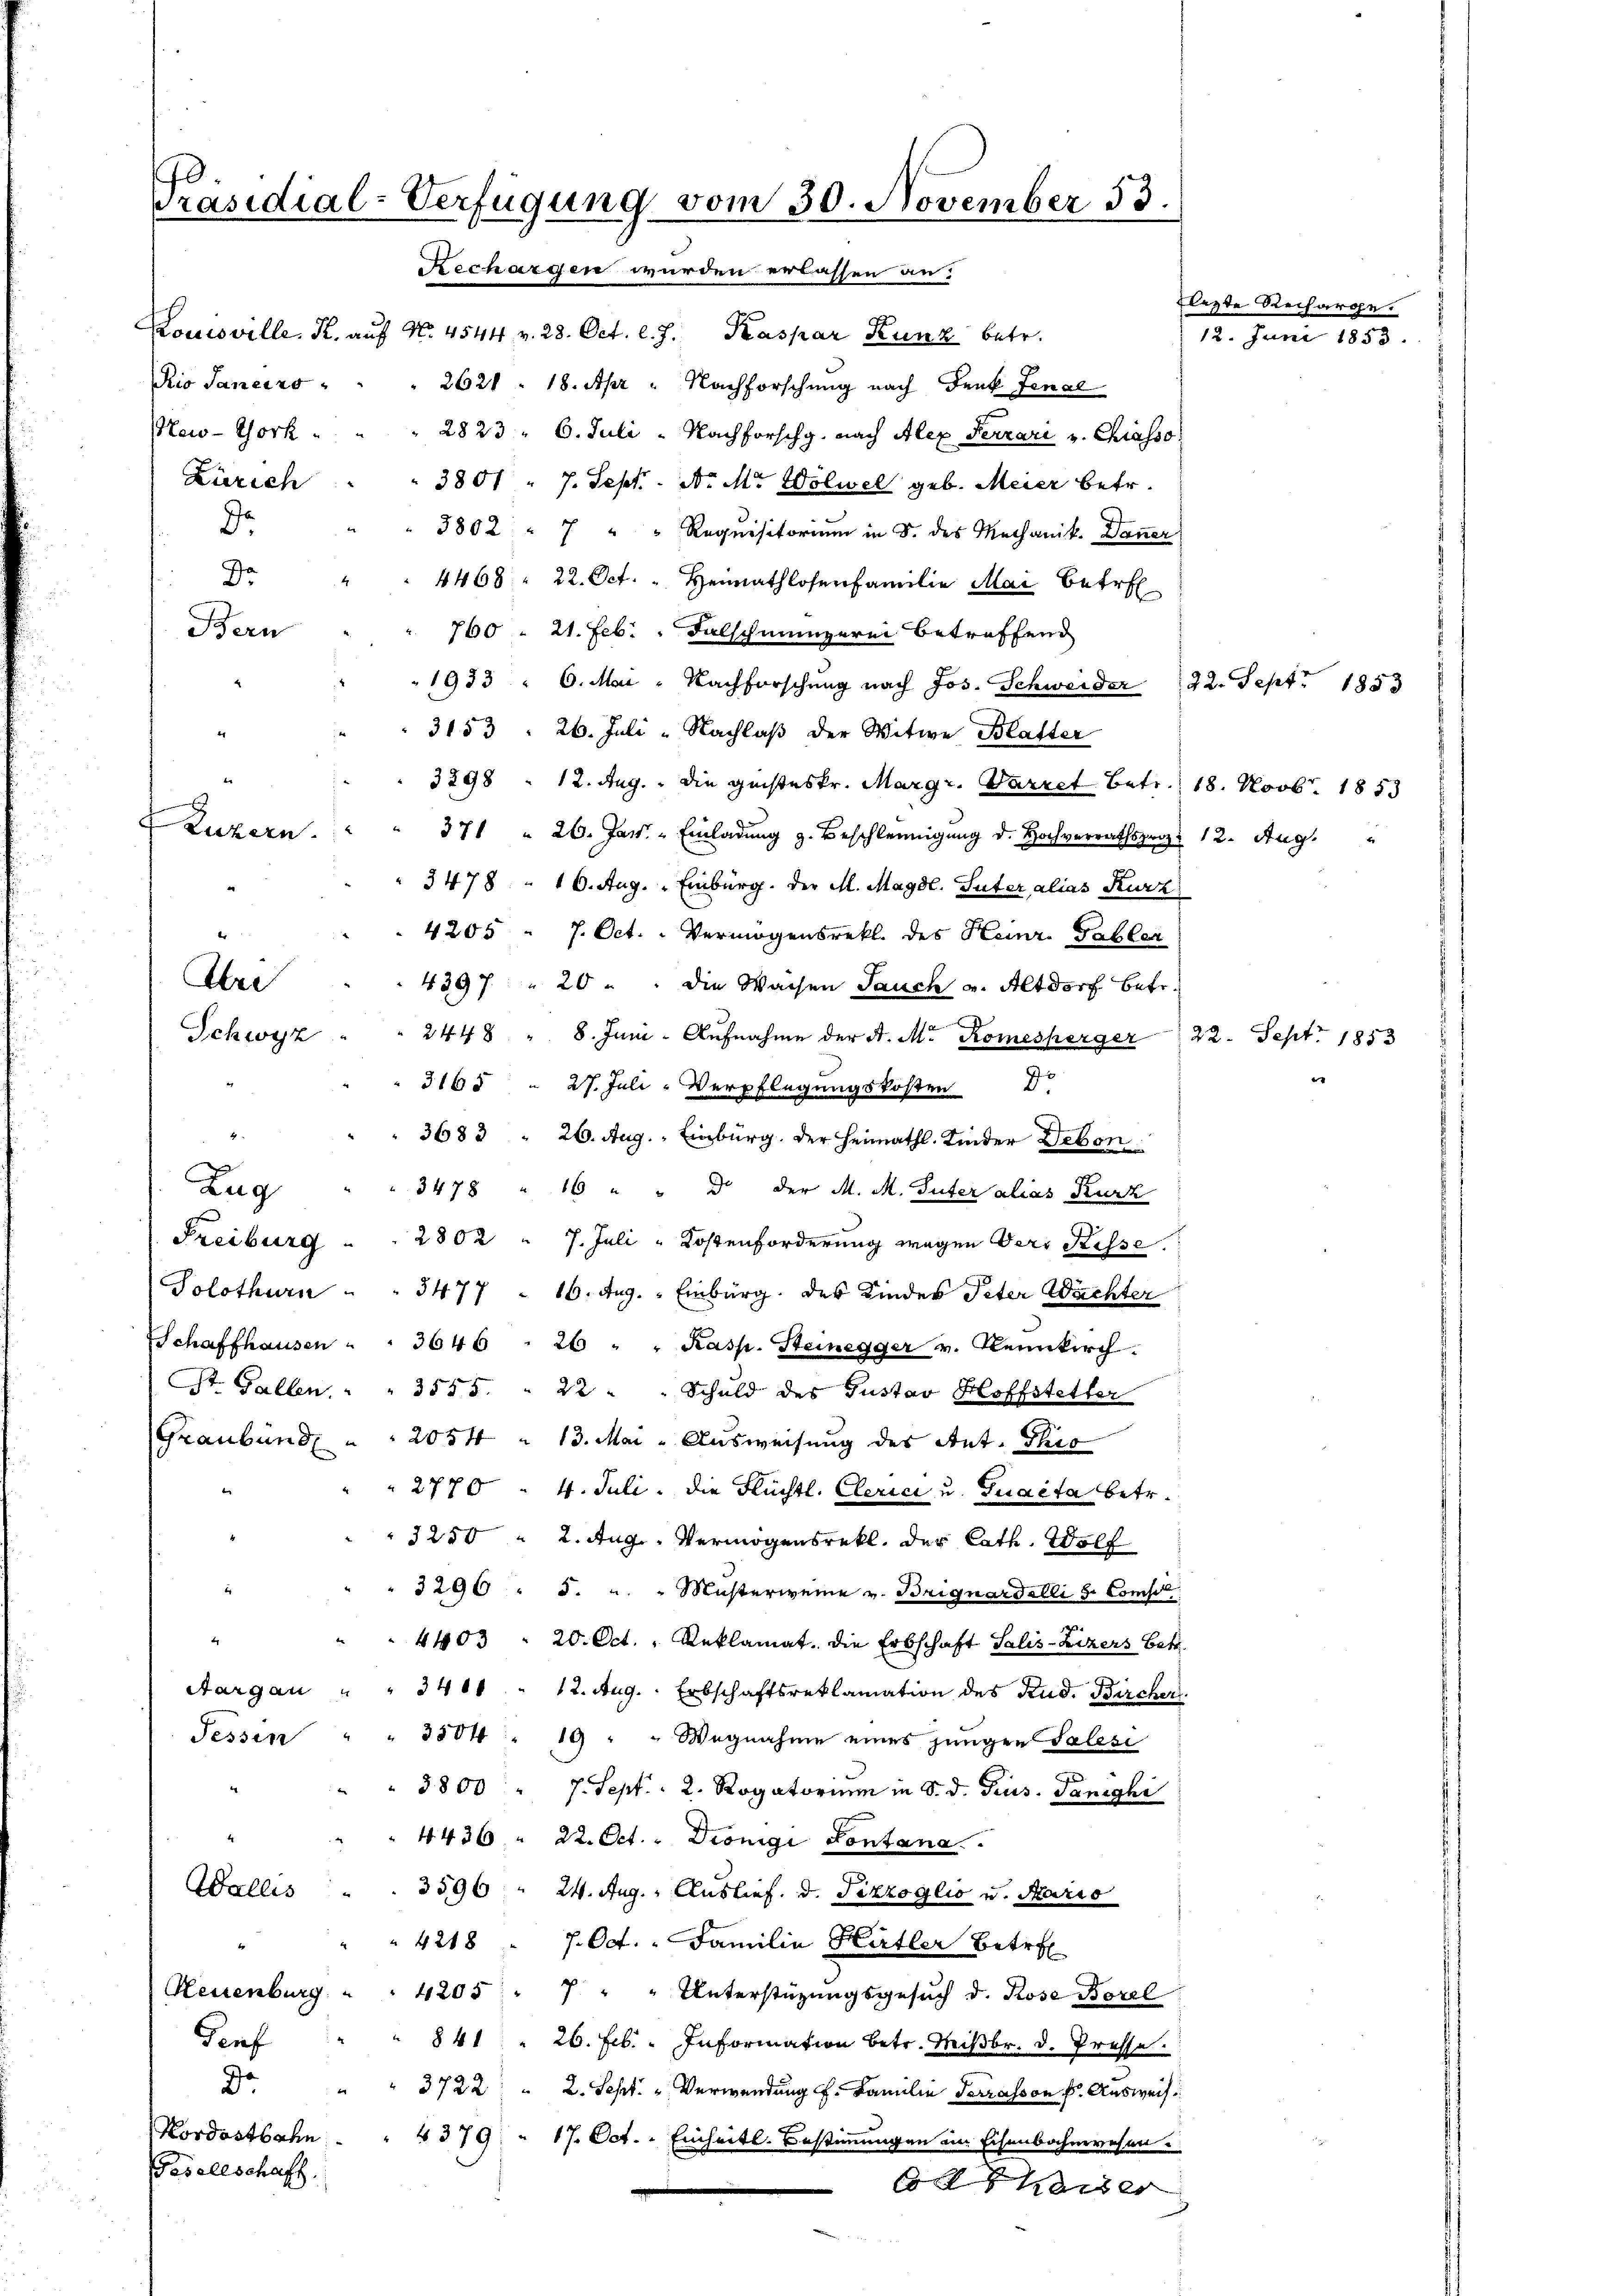
l
Präsidial-Verfügung vom 30. November 53
Rechargen wurden erlassen an.

Komovelle, K. auf No. 4544 v. 28. Oct. l. J.
Kaspar Kunz betr.
 2624 - 18. Apr " Nachforschung nach Denk Fenal
2823, 6. Juli - Nachforschg. nach Alex Ferrari v. Chiasso
3801 " 7. Sept. N. Mr Wölwel geb. Meier betr.
3802 - 7 " " Requisitorium in §. des Mechanik. Daner
4468. 22. Oct. " Heimathlosenfamilie Mai betre
760 " 21. Feb. Falschmünzerei betreffend
1933 " 6. Mai - Nachforschŭng nach Jos. Schweider 22. Sept. 1853
e
3153. 26. Juli „Nachlaß der Witwe Blatter
3298 - 12. Aug. - Die geisteskr. Margr. Parret betr. 18. Novbr. 1853
371 " 26. Jan. Einladung z. Beschleunigung d. Hochverrathsproz
3478 - 16. Aug. Einburg. Der M. Magdl. Suter alias Kurz
4205 - 7. Oct. - Vermögensrekt des Heinr. Tabler
4397 " 20 " " die Wachen Jauch u. Altdorf betr.
2448 " 8. Juni - Aufnahme der A. M. Komesperger
3165 " 27. Juli- Verpflegungskosten D
3683 " 26. Aug. Einburg. Der Heimathl. Kinder Deben
Zug
3478 " 16 " " Dr. der M. M. Suter alias Kurk
Freiburg . . 2802 " 7. Juli - Kostenforderung wegen Vers Risse.
Solothurn . . 3477 - 16. Aug. - Einburg. des Kinder Peter Wachter
Schaffhausen . . 3646. 26 " " Kasp. Steinegger v. Neunkirch.
St. Gallen. " " 3555. " 22 " " Schuld des Gustav Hoffstetter
Graubünde . 2054 " 13. Mai - Ausweisung des Ant. Thro
2770 4. Juli. Die Flüchtl. Clerici u. Guacta betr.
3250 " 2. Aug. Vermögensrekt, der Cath. Wolf
3290 " 5. " " Musterweine v. Briguardelli u. Comfel
4403 " 20. Oct. " Reklamat. Die Erbschaft Salis-Zizers Betr.
Aargau " " 3400 " 12. Aug. Erbschaftsreklamation des Rud. Bircher
Fessen
3504. 19 " " Wegnahme eines jungen Salesi
3800 " 7. Sept. - 2. Rogatorium in S. d. Trus. Panzghi
4436 " 22. Oct. " Diönigi Pontana
Wallis
3596 " 24. Aug. - Auslief. d. Pizzoglio u. Mario
4218 - 7. Oct. - Familie Hirtler Betre
Neuenburg . 4205
7 " " Unterstützungsgesuch d. Rose Borel
Genf
841 " 26. Feb. Information betr. Miβbr. d. Presse.
Da
3722 " 2. Sept. " Verwendung f. Familie Terrasson f. Ausweis
Kordostbahn . . 4379 " 17. Oct. - Einheitl. Bestimmungen im Eisenbahnwesen.
Gesellschaft
Kaiser

f Luzern.
Are
Schwyz

io Sanders
New-York
Zürich
Dr.
Dr
Bern

12. Juni 1853.

flegte Recharge.

12. Aug.

e

12. Sept. 1853